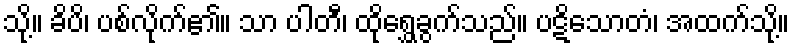
သို့။ ခိပိ၊ ပစ်လိုက်၏။ သာ ပါတီ၊ ထိုရွှေခွက်သည်။ ပဋိသောတံ၊ အထက်သို့။